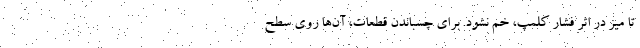
تا میز در اثر فشار کلمپ، خم نشود. برای چسباندن قطعات، آن‌ها روی سطح